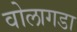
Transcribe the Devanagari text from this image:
वोलागडा